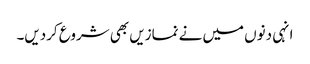
انہی دنوں میں نے نمازیں بھی شروع کردیں۔